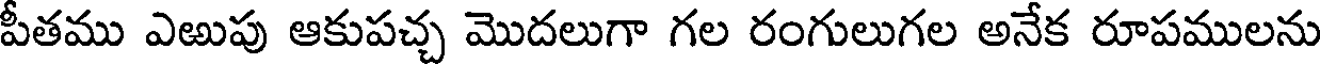
పీతము ఎఱుపు ఆకుపచ్చ మొదలుగా గల రంగులుగల అనేక రూపములను